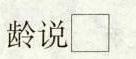
龄说\Box